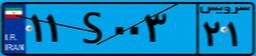
۵۷S۸۵۹۴۲